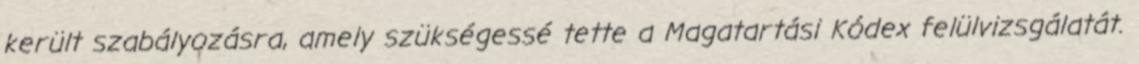
került szabályozásra, amely szükségessé tette a Magatartási Kódex felülvizsgálatát.